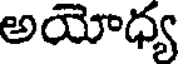
అయోధ్య